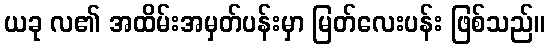
ယခု လ၏ အထိမ်းအမှတ်ပန်းမှာ မြတ်လေးပန်း ဖြစ်သည်။